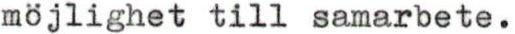
möjlighet till samarbete.